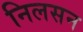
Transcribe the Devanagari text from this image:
निलसन